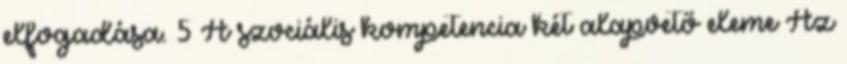
elfogadása. 5 A szociális kompetencia két alapvető eleme Az